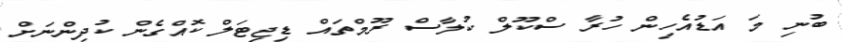
ބުނި މަ އަޑުއެހިން ހުރާ ސްކޫލް ކުލާސް ރޫމްތައް ޑިޖިޓަލް ކޮއްގެން ކުދިންނަށް